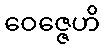
ဝေဇ္ဇေဟိ